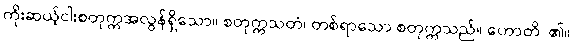
ကိုးဆယ့်ငါးစတုက္ကအလွန်ရှိသော။ စတုက္ကသတံ၊ တစ်ရာသော စတုက္ကသည်။ ဟောတိ၊ ၏။